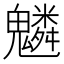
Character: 𩴠